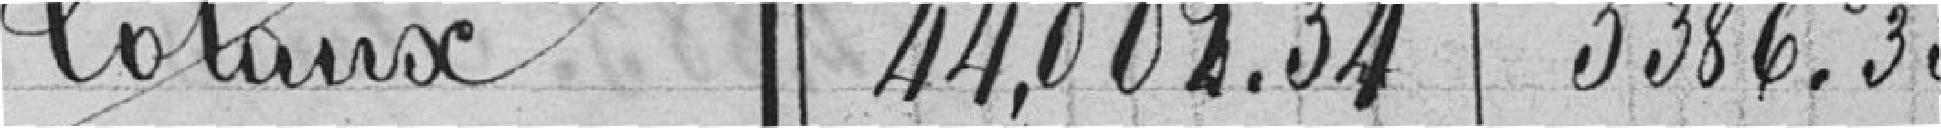
Totaux 44,002.34 5386.35